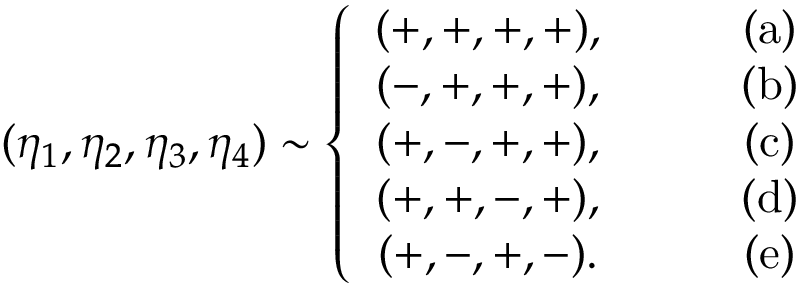
( \eta _ { 1 } , \eta _ { 2 } , \eta _ { 3 } , \eta _ { 4 } ) \sim \left\{ \begin{array} { c c } { { ( + , + , + , + ) , } } & { { \qquad ( \mathrm { a } ) } } \\ { { ( - , + , + , + ) , } } & { { \qquad ( \mathrm { b } ) } } \\ { { ( + , - , + , + ) , } } & { { \qquad ( \mathrm { c } ) } } \\ { { ( + , + , - , + ) , } } & { { \qquad ( \mathrm { d } ) } } \\ { { ( + , - , + , - ) . } } & { { \qquad ( \mathrm { e } ) } } \end{array} \right.